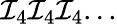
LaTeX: \mathcal{I}_{4}\mathcal{I}_{4}\mathcal{I}_{4}...